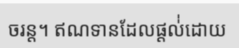
ចរន្ត។ ឥណទានដែលផ្តល់់ដោយ